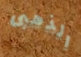
الذهبى